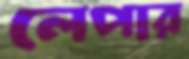
লেপার